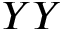
Y Y